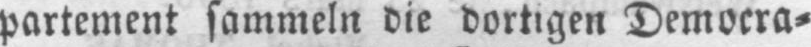
partement sammeln die dortigen Democra⸗